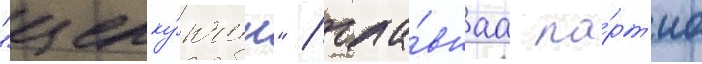
"щелку́нчик" / гла́внаа па́рт'иа